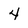
Character: 4